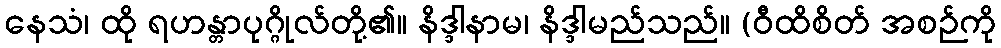
နေသံ၊ ထို ရဟန္တာပုဂ္ဂိုလ်တို့၏။ နိဒ္ဒါနာမ၊ နိဒ္ဒါမည်သည်။ (ဝီထိစိတ် အစဉ်ကို